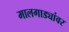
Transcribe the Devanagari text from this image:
मालगाड्यांवर